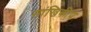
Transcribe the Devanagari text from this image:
सांखिकीय